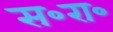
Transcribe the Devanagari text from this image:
स॰रा॰